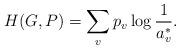
LaTeX: \begin{align*}H(G,P) = \sum_vp_v\log\frac{1}{a^*_v}.\end{align*}